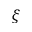
\xi